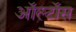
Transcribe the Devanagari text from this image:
ऑल्टॉस